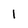
Character: 1